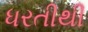
ધરતીથી